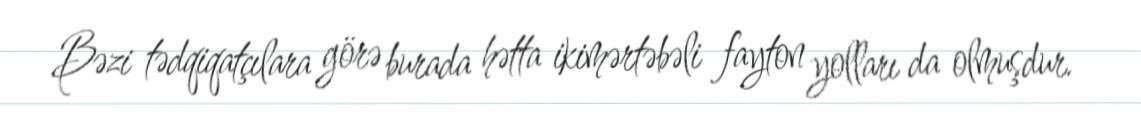
Bəzi tədqiqatçılara görə burada hətta ikimərtəbəli fayton yolları da olmuşdur.